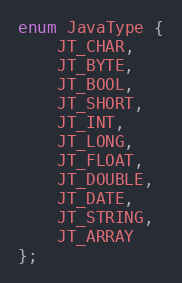
Language: C
enum JavaType {
	JT_CHAR,
	JT_BYTE,
	JT_BOOL,
	JT_SHORT,
	JT_INT,
	JT_LONG,
	JT_FLOAT,
	JT_DOUBLE,
	JT_DATE,
	JT_STRING,
	JT_ARRAY
};